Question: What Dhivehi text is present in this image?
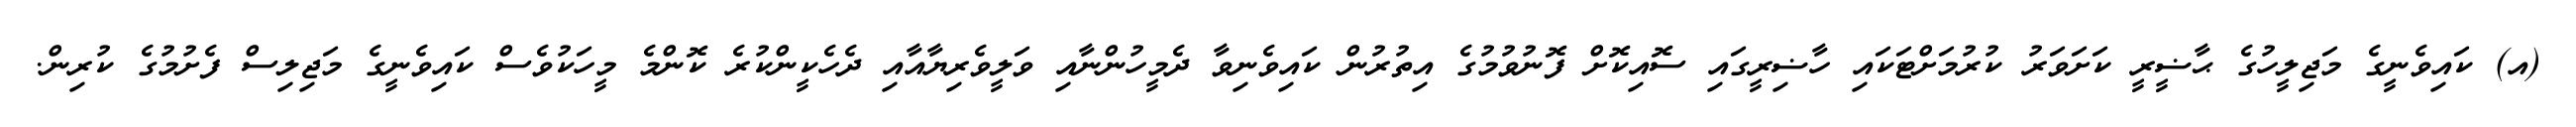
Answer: (އ) ކައިވެނީގެ މަޖިލީހުގެ ޙާޟީރީ ކަށަވަރު ކުރުމަށްޓަކައި ހާޟިރީގައި ސޮއިކޮށް ފޮނުވުމުގެ އިތުރުން ކައިވެނިވާ ދެމީހުންނާއި ވަލީވެރިޔާއާއި ދެހެކީންކުރެ ކޮންމެ މީހަކުވެސް ކައިވެނީގެ މަޖިލިސް ފެށުމުގެ ކުރިން.